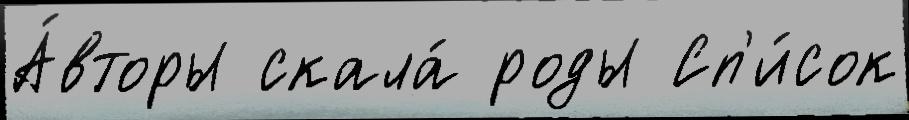
А́вторы скала́ роды Сп'и́сок